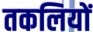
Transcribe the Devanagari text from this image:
तकलियों